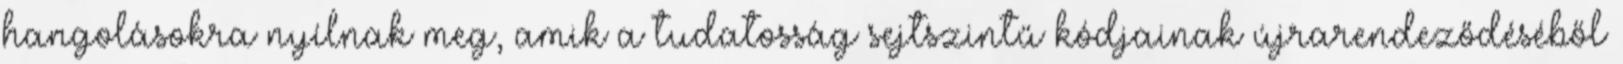
hangolásokra nyílnak meg, amik a tudatosság sejtszintű kódjainak újrarendeződéséből